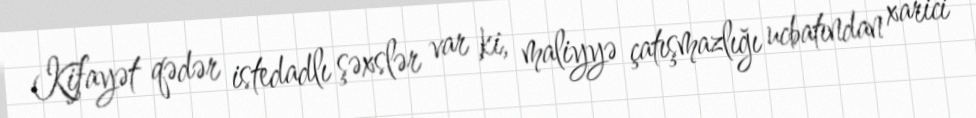
Kifayət qədər istedadlı şəxslər var ki, maliyyə çatışmazlığı ucbatından xarici